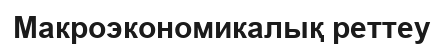
Макроэкономикалық реттеу